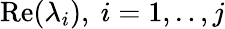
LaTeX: \operatorname{Re}(\lambda_{i}),~i=1,..,j